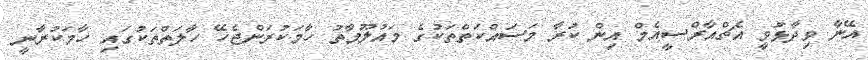
އޭނާ ވިދާޅުވީ އެޗްއާރްސީއެމް އިން ކުރާ މަސައްކަތްތަކުގެ މައުލޫމާތު ހާމަކުރަންޖެހޭ ހާލަތްތަކުގައި ހާމަކުރާނީ